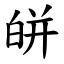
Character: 皏